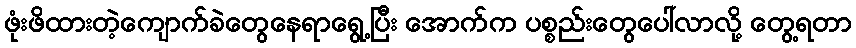
ဖုံးဖိထားတဲ့ကျောက်ခဲတွေနေရာရွေ့ပြီး အောက်က ပစ္စည်းတွေပေါ်လာလို့ တွေ့ရတာ